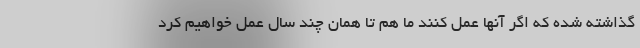
گذاشته شده که اگر آنها عمل کنند ما هم تا همان چند سال عمل خواهیم کرد